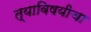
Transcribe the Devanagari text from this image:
त्याविषयीचा